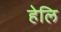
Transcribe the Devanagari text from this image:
हेलि